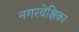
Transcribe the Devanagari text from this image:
नगरवेक्षिका